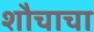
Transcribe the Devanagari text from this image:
शौचाचा